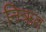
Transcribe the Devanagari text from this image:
निऋत